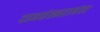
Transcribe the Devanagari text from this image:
दहनसंस्कारानंतर